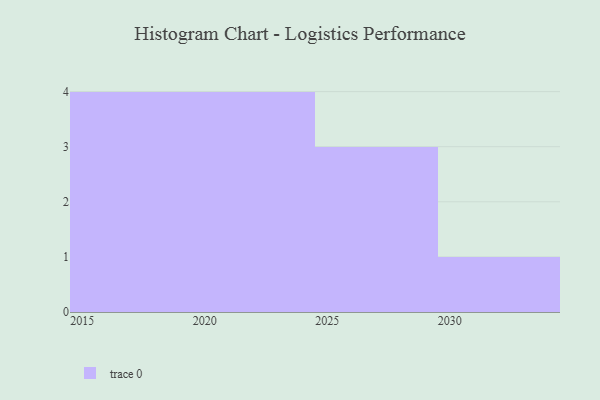
{"axis": {"x": "Year", "y": "Gross Profit (USD K)"}, "legend": [""], "data": [{"x": "2030", "y": 24, "type": ""}, {"x": "2016", "y": 14, "type": ""}, {"x": "2017", "y": 52, "type": ""}, {"x": "2025", "y": 87, "type": ""}, {"x": "2020", "y": 27, "type": ""}, {"x": "2029", "y": 20, "type": ""}, {"x": "2019", "y": 47, "type": ""}, {"x": "2024", "y": 84, "type": ""}, {"x": "2018", "y": 19, "type": ""}, {"x": "2021", "y": 3, "type": ""}, {"x": "2028", "y": 51, "type": ""}, {"x": "2023", "y": 74, "type": ""}]}